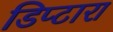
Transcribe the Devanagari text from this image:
डिप्टारा